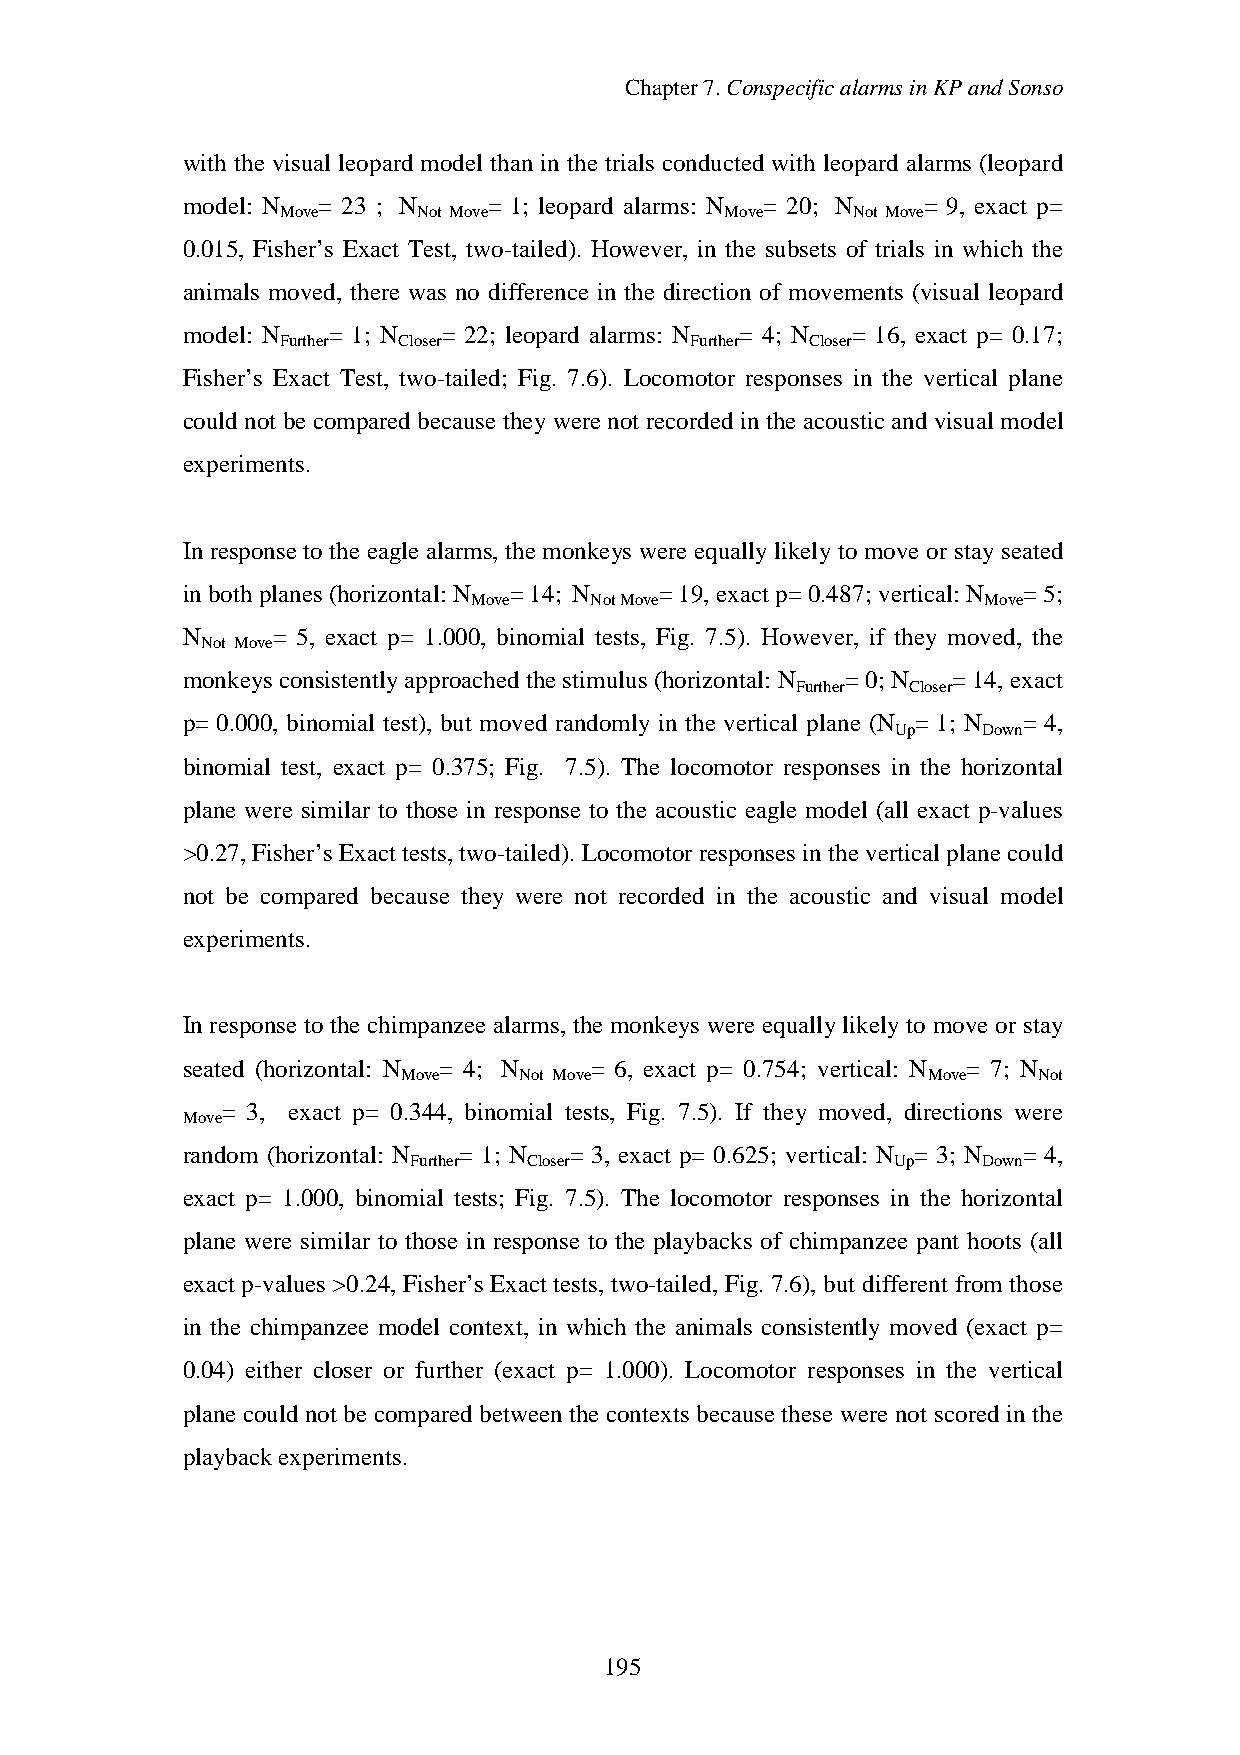
Chapter7.ConspecificalarmsinKPandSonso
 with the visual leopard model than in the trials conducted with leopard alarms (leopard
 model: N = 23 ; N   = 1; leopard alarms: N = 20; N = 9, exact p=
 Move     Not Move            Move    Not Move
 0.015, Fisher’s Exact Test, two-tailed). However, in the subsets of trials in which the
 animals moved, there was no difference in the direction of movements (visual leopard
 model: N  = 1; N = 22; leopard alarms: N = 4; N = 16, exact p= 0.17;
 Further Closer             Further Closer
 Fisher’s Exact Test, two-tailed; Fig. 7.6). Locomotor responses in the vertical plane
 could not be compared because theywere not recorded in the acoustic and visual model
 experiments.
 In response to the eagle alarms, the monkeys were equallylikelyto move or stayseated
 inbothplanes (horizontal: N =14; N = 19,exact p=0.487; vertical: N =5;
 Move    NotMove                   Move
 N     = 5, exact p= 1.000, binomial tests, Fig. 7.5). However, if they moved, the
 Not Move
 monkeys consistentlyapproached thestimulus (horizontal: N =0; N = 14,exact
 Further Closer
 p= 0.000, binomial test), but moved randomly in the vertical plane (N = 1; N = 4,
 Up    Down
 binomial test, exact p= 0.375; Fig. 7.5). The locomotor responses in the horizontal
 plane were similar to those in response to the acoustic eagle model (all exact p-values
 >0.27,Fisher’s Exact tests, two-tailed). Locomotor responses inthevertical planecould
 not be compared because they were not recorded in the acoustic and visual model
 experiments.
 In response to the chimpanzee alarms, the monkeys were equallylikelyto move or stay
 seated (horizontal: N = 4; N = 6, exact p= 0.754; vertical: N = 7; N
 Move   Not Move                   Move    Not
 = 3, exact p= 0.344, binomial tests, Fig. 7.5). If they moved, directions were
 Move
 random (horizontal: N = 1; N = 3, exact p= 0.625; vertical: N = 3; N = 4,
 Further Closer                  Up    Down
 exact p= 1.000, binomial tests; Fig. 7.5). The locomotor responses in the horizontal
 plane were similar to those in response to the playbacks of chimpanzee pant hoots (all
 exact p-values >0.24, Fisher’s Exact tests, two-tailed, Fig. 7.6), but different from those
 in the chimpanzee model context, in which the animals consistently moved (exact p=
 0.04) either closer or further (exact p= 1.000). Locomotor responses in the vertical
 plane could not be compared between the contexts because these were not scored in the
 playbackexperiments.
 195